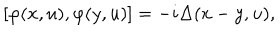
\left[ \varphi ( x , u ) , \varphi ( y , u ) \right] = - i \Delta ( x - y , u ) ,